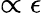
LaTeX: \propto\epsilon